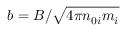
\boldsymbol { b } = \boldsymbol { B } / \sqrt { 4 \pi n _ { 0 i } m _ { i } }